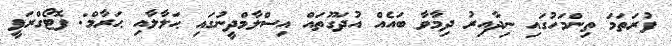
ފުރަތަމަ ތިންމަހުގައި ނިދާއިރު ދިމާވާ ބައެއް އުދަގޫތައް އިސްލާމްދީނުގައި ޙަލާލާއި ޙަރާމް: ފޮޓޯގްރަފީ